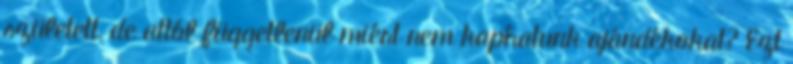
született, de attól függetlenül miért nem kaphatunk ajándékokat? Ezt